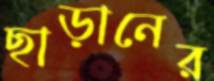
ছাড়ানের